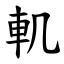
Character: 䡄